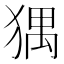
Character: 𤟹